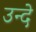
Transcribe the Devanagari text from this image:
उन्दे